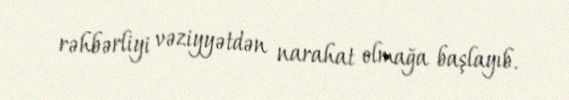
rəhbərliyi vəziyyətdən narahat olmağa başlayıb.